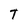
Character: T